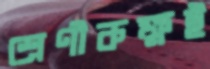
শ্রেণীকক্ষই